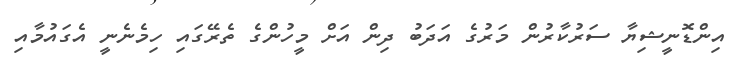
އިންޑޮނީޝިޔާ ސަރުކާރުން މަރުގެ އަދަބު ދިން އަށް މީހުންގެ ތެރޭގައި ހިމެނެނީ އެގައުމާއި